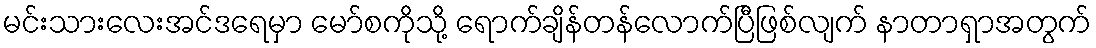
မင်းသားလေးအင်ဒရေမှာ မော်စကိုသို့ ရောက်ချိန်တန်လောက်ပြီဖြစ်လျက် နာတာရှာအတွက်